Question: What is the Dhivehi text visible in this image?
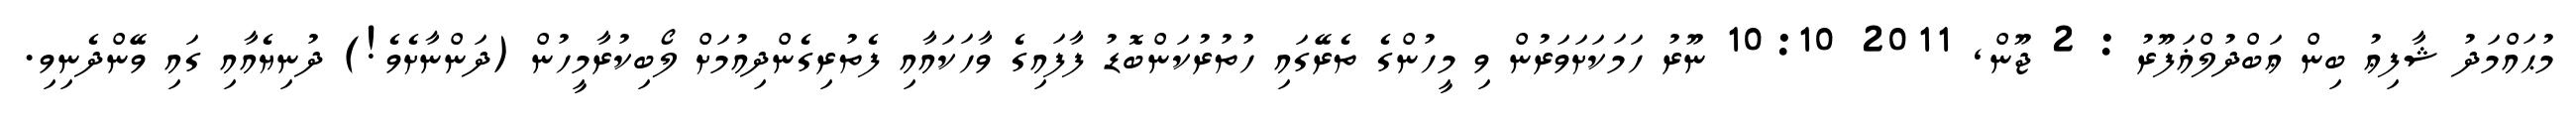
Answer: މުޙައްމަދު ޝާފިޢު ބިން ޢަބްދުލްޣަފޫރު : 2 ޖޫން, 2011 10:10 ނޫރު ހަމަކަށަވަރުން ވި މީހުންގެ ތެރޭގައި ހުތުރުކަންބޮޑު ފާފައިގެ ވާހަކައާއި ފެތުރިގެންދިއުމަށް ލޯބިކުރާމީހުން (ދަންނާށެވެ!) ދުނިޔެއާއި ގައި ވޭންދެނިވި.